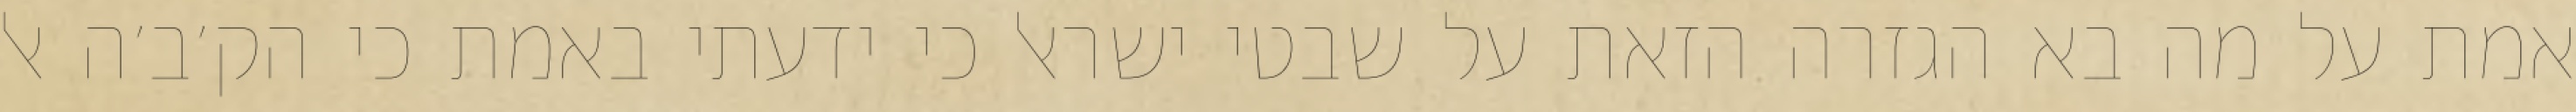
אמת על מה בא הגזרה הזאת על שבטי ישראל כי ידעתי באמת כי הק׳ב׳ה אל